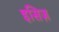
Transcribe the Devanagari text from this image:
इसिज़